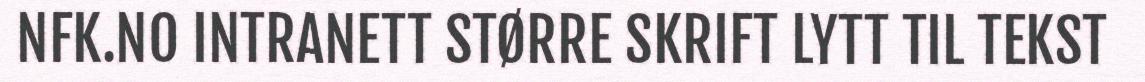
NFK.NO INTRANETT STØRRE SKRIFT LYTT TIL TEKST